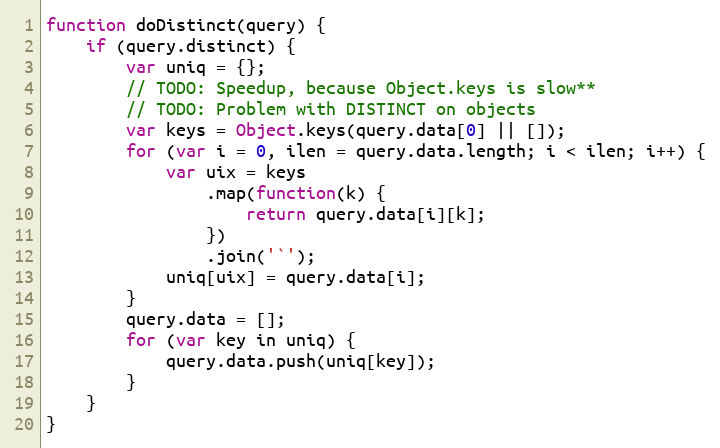
Language: JavaScript
function doDistinct(query) {
	if (query.distinct) {
		var uniq = {};
		// TODO: Speedup, because Object.keys is slow**
		// TODO: Problem with DISTINCT on objects
		var keys = Object.keys(query.data[0] || []);
		for (var i = 0, ilen = query.data.length; i < ilen; i++) {
			var uix = keys
				.map(function(k) {
					return query.data[i][k];
				})
				.join('`');
			uniq[uix] = query.data[i];
		}
		query.data = [];
		for (var key in uniq) {
			query.data.push(uniq[key]);
		}
	}
}